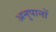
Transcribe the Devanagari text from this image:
अनुपानों